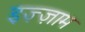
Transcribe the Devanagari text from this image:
इज़्ज़ाम